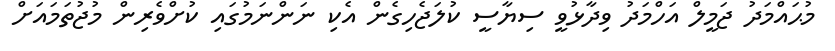
މުޙައްމަދު ޖަމީލް އަހްމަދު ވިދާޅުވީ ސިޔާސީ ކުލަޖެހިގެން އެކި ނަންނަމުގައި ކުށްވެރިން މުޖުތަމައަށް